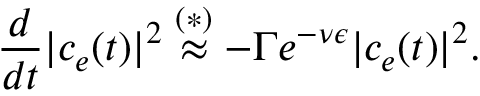
\frac { d } { d t } | c _ { e } ( t ) | ^ { 2 } \overset { ( * ) } { \approx } - \Gamma e ^ { - \nu \epsilon } | c _ { e } ( t ) | ^ { 2 } .